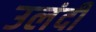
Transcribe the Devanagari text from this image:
उलंदी